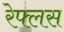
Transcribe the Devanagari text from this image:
रेफ्लस